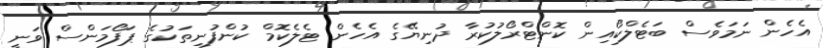
އެހެން ނަމަވެސް ބަޓެލްކޯއިން ކޮންޓްރޯލުކުރާ ދުނިޔޭގެ އެހެން ޓެލެކޮމް ކުންފުނިތަކުގެ ޕަފޯމަންސް ވަނީ